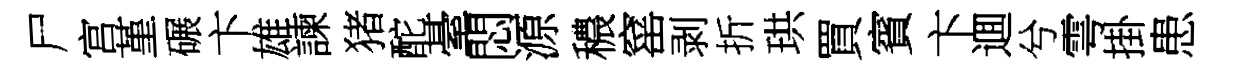
尸宫堇碾卞雄諫猪酡䑓悶源穠窰剥折珙買賓卞逥兮雩掛患